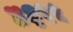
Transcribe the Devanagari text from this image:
४३९५